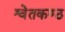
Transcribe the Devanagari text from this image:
श्वेतकण्ठ